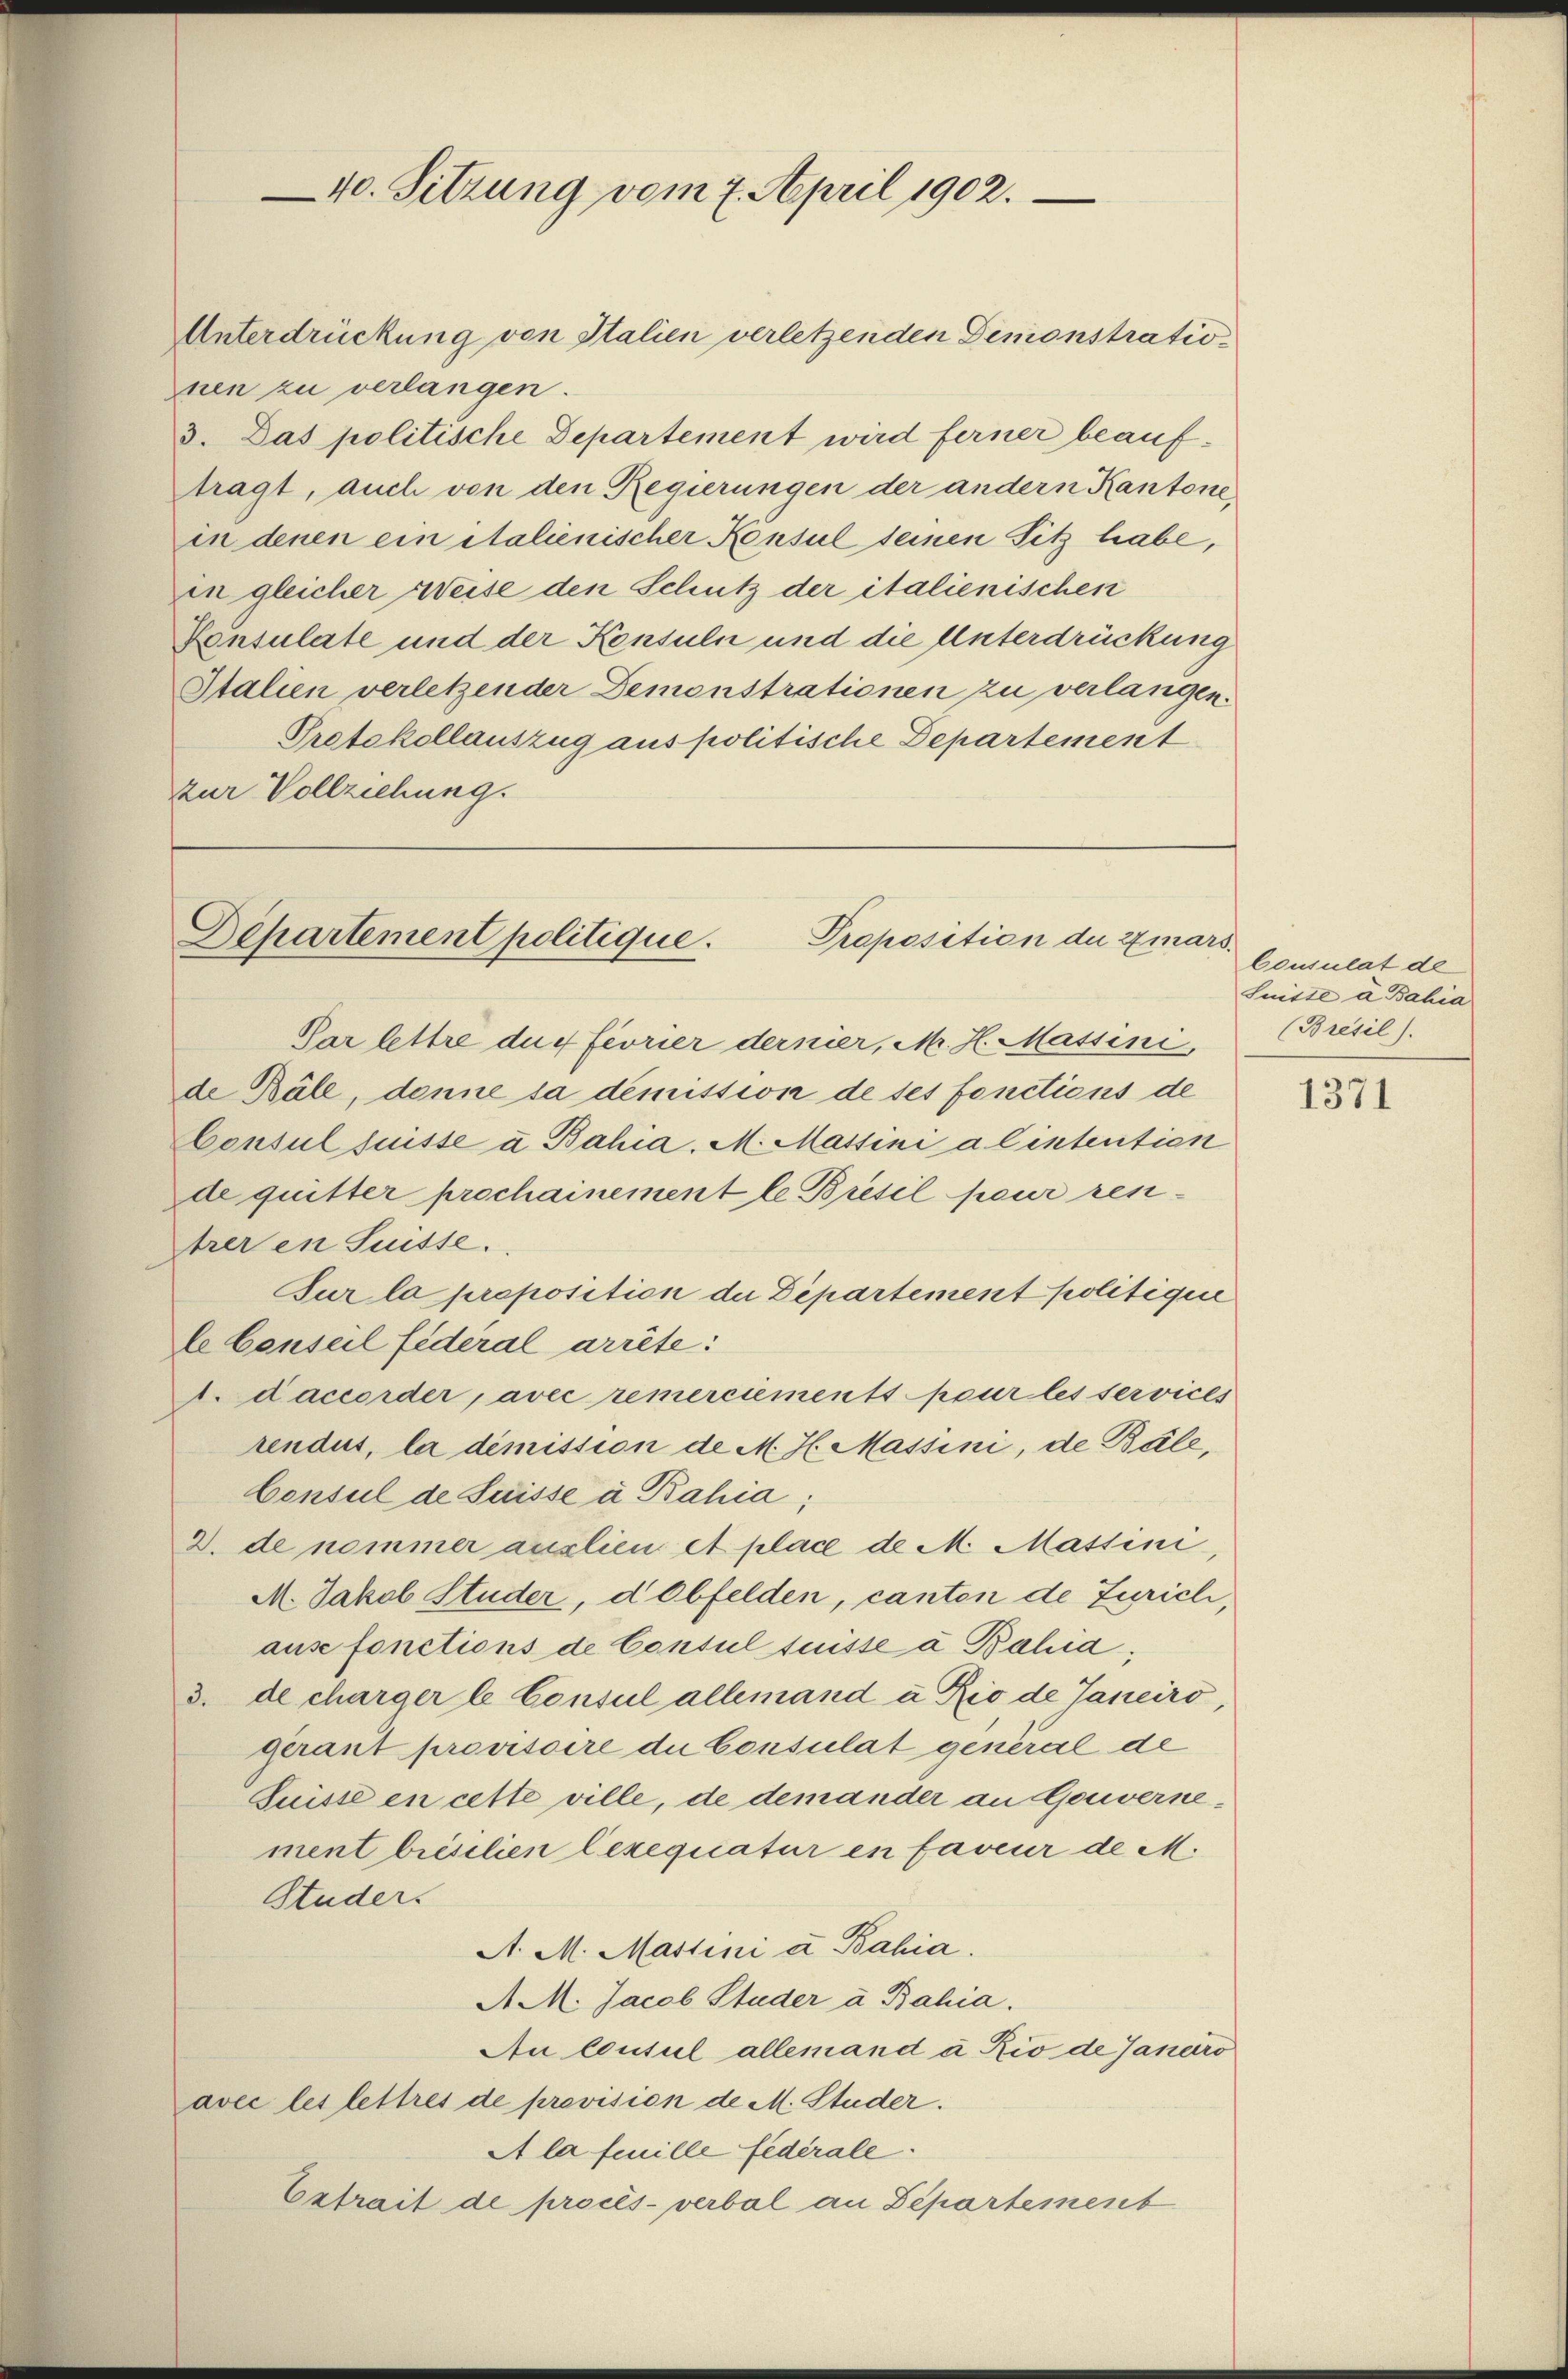
40. Sitzung vom 7. April 1902.

Unterdrückung von Italien verletzenden Demonstrationen zu verlangen.
3. Das politische Departement wird ferner beauftragt, auch von den Regierungen der andern Kantone
in denen ein Italienischer Konsul seinen Sitz habe,
in gleicher Weise den Schutz der italienischen
Konsulate und der Konsuln und die Unterdrückung
Italien verletzender Demonstrationen zu verlangen.
Protokollauszug aus politische Departement
zur Vollziehung.

Departement politique.
Proposition der 2 ma¬

Par lettre durf feorier dernier, M. H. Massini,
de Käle, denne sa demission de ses fonctions de
Consul fuisse u Bahia. M. Massini a lintentien
de quitter prochainement le Bresil peur rentrer in Suisse.
Sur la proposition die Departement politigen
le Conseil fideral arrête:
1. daccorder, avec remerciements pour les services
rendus, la dimission de M. H. Massini, de Bäle,
Censul de Suisse à Bahia;
2. de nommer auslien et place de M. Massini,
M. Jakob Studer, d Obfelden, canten de Zürich,
ause fonctions de Consul suisse à Bahia,
3. de charger le Consul allemand u Rio de Janeiro,
gerant provisoire du Consulat general de
Suisse en cette ville, de demander an Gouvernement brestlien lexequatur en faveur de M.
Studer.
A. M. Martini u Bahia.
A M. Jacob Studer à Bahia.
An Consul allemand u. Rio de Janeiro
avec les lettres de prevision de M. Studer.
A la feuille fédérale.
Estrait de procès-verbal an Departement

2
Consulat de
Lnitte u Bahia
(Brésil).

1371